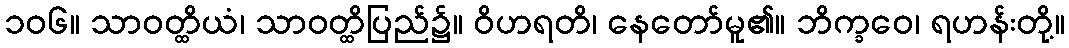
၁၀၆။ သာဝတ္ထိယံ၊ သာဝတ္ထိပြည်၌။ ဝိဟရတိ၊ နေတော်မူ၏။ ဘိက္ခဝေ၊ ရဟန်းတို့။